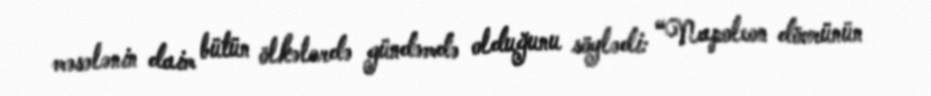
məsələnin daim bütün ölkələrdə gündəmdə olduğunu söylədi: “Napoleon dövrünün